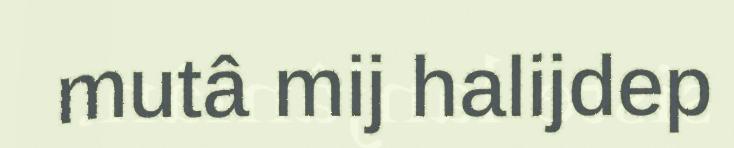
mutâ mij halijdep